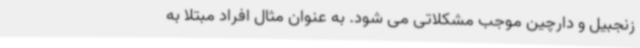
زنجبیل و دارچین موجب مشکلاتی می شود. به عنوان مثال افراد مبتلا به